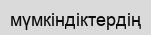
мүмкіндіктердің